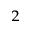
^ 2